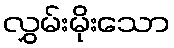
လွှမ်းမိုးသော